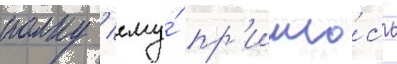
полку / ему́ пр'ишло́сь